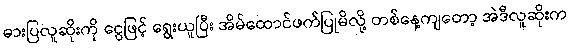
ဓားပြလူဆိုးကို ငွေဖြင့် ရွေးယူပြီး အိမ်ထောင်ဖက်ပြုမိလို့ တစ်နေ့ကျတော့ အဲဒီလူဆိုးက